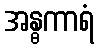
အန္ဓကာရံ